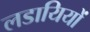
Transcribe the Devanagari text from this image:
लडायियों